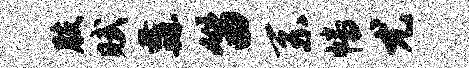
肢赋纛笛系幡尤